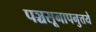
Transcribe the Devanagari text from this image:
पञ्चसूनापनुत्तये